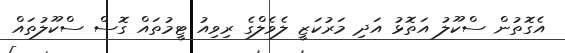
އެގޮތުން ސްކޫލު އަތޮޅު އަދި މަރުކަޒީ ލެވެލްގެ ރިވިއު ޓީމުތައް ގޮސް ސްކޫލުތައް